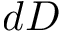
d D